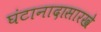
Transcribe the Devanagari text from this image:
घंटानादासारखे